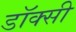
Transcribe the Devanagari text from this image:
डॉक्सी